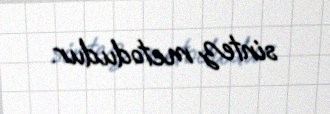
sintez metodudur.